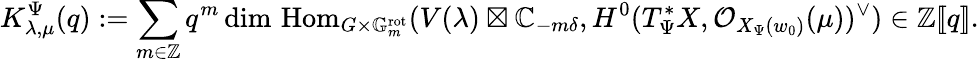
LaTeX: K_{\lambda,\mu}^{\Psi}(q):=\sum_{m\in\mathbb{Z}}q^{m}\dim\, \mathrm{Hom}_{G\times\mathbb G_{m}^{\mathrm{rot}}}(V(\lambda)\boxtimes{\mathbb C}_{-m\delta},H^{0}(T_{\Psi}^{*}X,{\mathcal O}_{X_{\Psi}(w_{0})}(\mu))^{\vee})\in\mathbb{Z}[\! [q]\! ].